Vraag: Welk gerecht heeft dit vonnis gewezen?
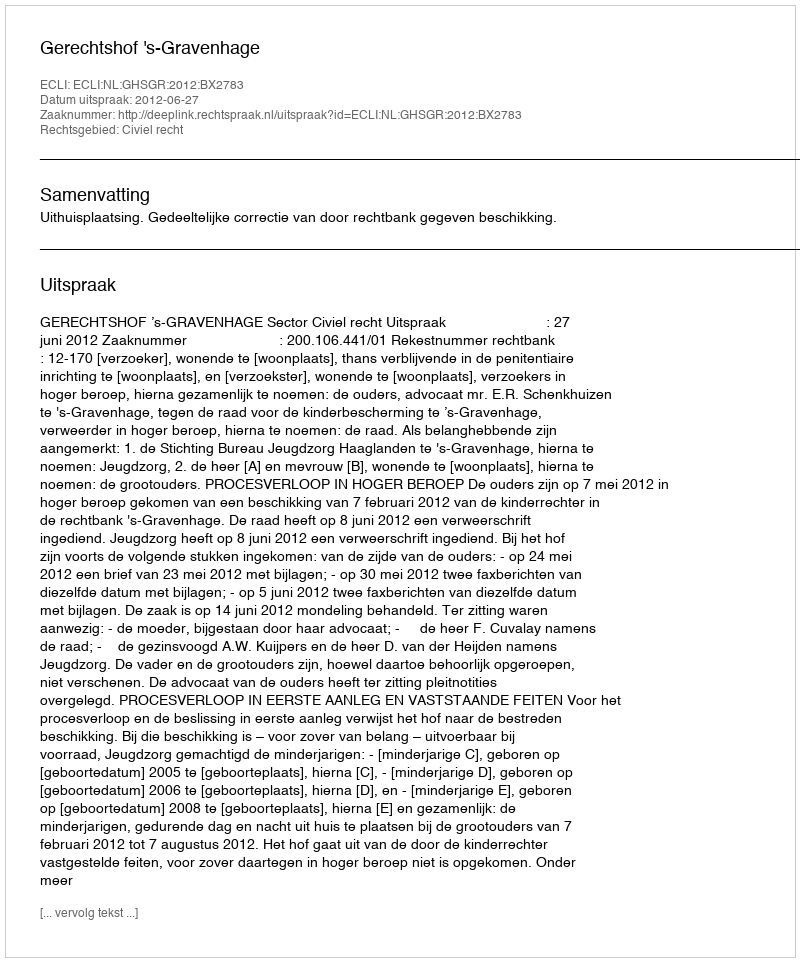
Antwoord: Gerechtshof 's-Gravenhage